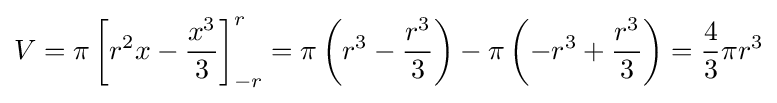
V=\pi \left[r^{2}x-{\frac {x^{3}}{3}}\right]_{-r}^{r}=\pi \left(r^{3}-{\frac {r^{3}}{3}}\right)-\pi \left(-r^{3}+{\frac {r^{3}}{3}}\right)={\frac {4}{3}}\pi r^{3}